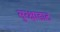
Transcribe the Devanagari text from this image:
सुरक्षाडाट